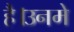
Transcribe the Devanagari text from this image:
है।उनमे